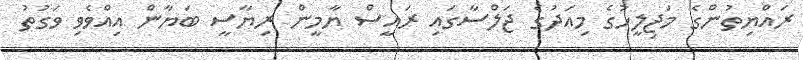
ރައްޔިތުންގެ މަޖިލީހުގެ މިއަދުގެ ޖަލްސާގައި ރައީސް ޔާމީން ރިޔާސީ ބަޔާން އިއްވެވި ވަގުތު